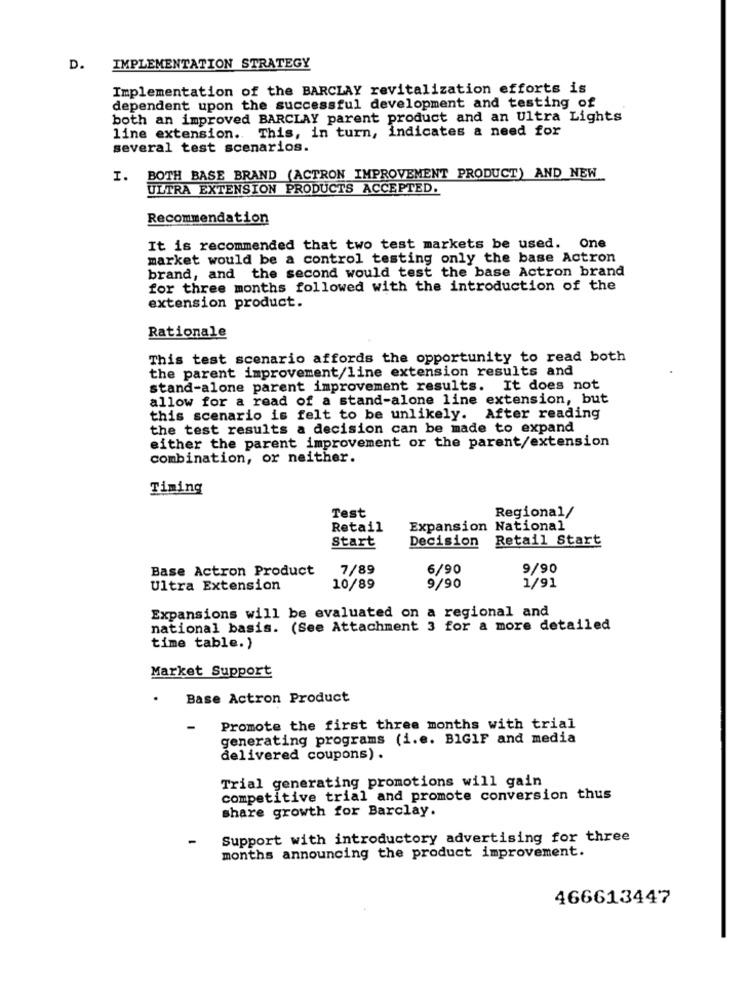
D.
IMPLEMENTATION STRATEGY
Implementation of the BARCLAY revitalization efforts is
dependent upon the successful development and testing of
both an improved BARCLAY parent product and an Ultra Lights
line extension. This, in turn, indicates a need for
several test scenarios.
I. BOTH BASE BRAND (ACTRON IMPROVEMENT PRODUCT) AND NEW
ULTRA EXTENSION PRODUCTS ACCEPTED.
Recommendation
It is recommended that two test markets be used. One
market would be a control testing only the base Actron
brand, and the second would test the base Actron brand
for three months followed with the introduction of the
extension product.
Rationale
This test scenario affords the opportunity to read both
the parent improvement/line extension results and
stand-alone parent improvement results. It does not
allow for a read of a stand-alone line extension, but
this scenario is felt to be unlikely. After reading
the test results a decision can be made to expand
either the parent improvement or the parent/extension
combination, or neither.
Timing
Test
Regional/
Retail
Expansion National
Retail Start
Start
Decision
Base Actron Product
7/89
6/90
9/90
Ultra Extension
10/89
9/90
1/91
Expansions will be evaluated on a regional and
national basis. (See Attachment 3 for a more detailed
time table.)
Market Support
Base Actron Product
Promote the first three months with trial
generating programs (i.e. B1GIF and media
delivered coupons) .
Trial generating promotions will gain
competitive trial and promote conversion thus
share growth for Barclay.
Support with introductory advertising for three
months announcing the product improvement.
466613447